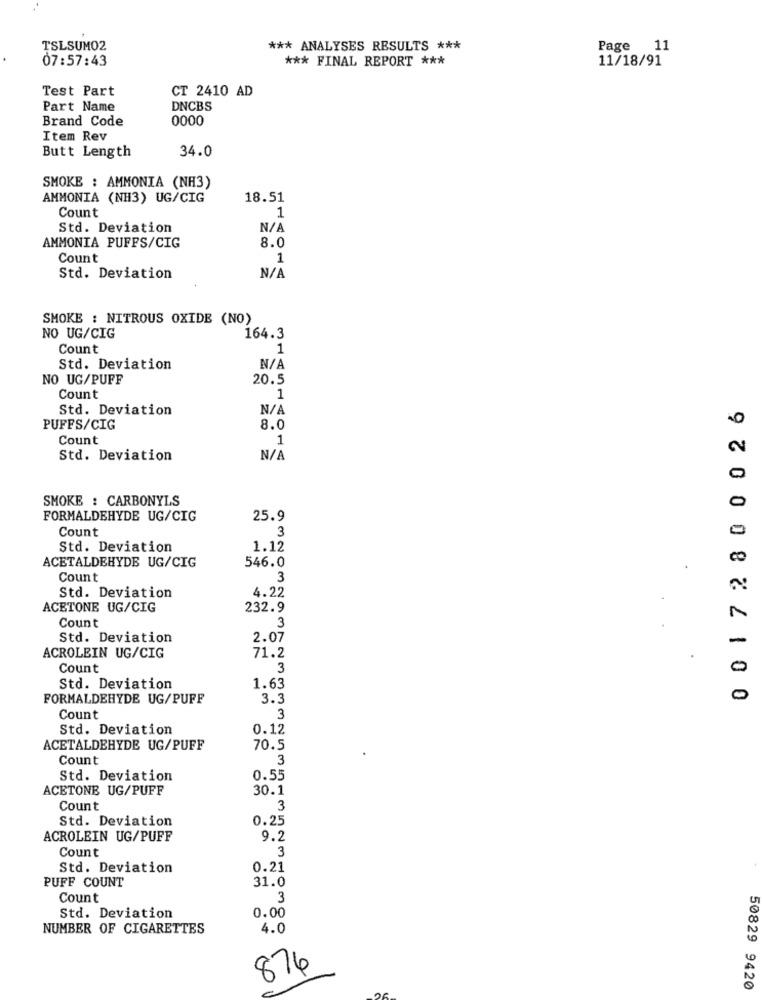
TSLSUM02
*** ANALYSES RESULTS ***
Page 11
07:57:43
*** FINAL REPORT ***
11/18/91
Test Part
CT 2410 AD
Part Name
DNCBS
Brand Code
0000
Item Rev
Butt Length
34.0
SMOKE : AMMONIA (NH3)
AMMONIA (NH3) UG/CIG
18.51
Count
1
Std. Deviation
8.0
AMMONIA PUFFS/CIG
Count
1
Std. Deviation
SMOKE : NITROUS OXIDE (NO)
NO UG/CIG
164.3
Count
1
Std. Deviation
NO UG/PUFF
20.5
Count
1
00172800026
Std. Deviation
N/
PUFFS/CIG
8.0
Count
1
Std. Deviation
SMOKE : CARBONYLS
FORMALDEHYDE UG/CIG
25.9
Count
3
Std. Deviation
1.12
ACETALDEHYDE UG/CIG
546.0
Count
3
4.22
Std. Deviation
ACETONE UG/CIG
232.9
Count
3
Std. Deviation
2.07
ACROLEIN UG/CIG
71.2
Count
3
Std. Deviation
1.63
FORMALDEHYDE UG/PUFF
3.3
Count
3
Std. Deviation
0.12
ACETALDEHYDE UG/PUFF
70.5
Count
3
Std. Deviation
0.55
ACETONE UG/PUFF
30.1
Count
3
Std. Deviation
0.25
ACROLEIN UG/PUFF
9.2
Count
3
Std. Deviation
0.21
PUFF COUNT
31.0
Count
3
Std. Deviation
0.00
NUMBER OF CIGARETTES
4.0
874
50829 9420